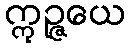
ဣဉ္ဇယေ